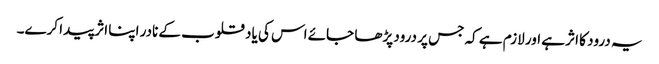
یہ درود کا اثر ہے اور لازم ہے کہ جس پر درود پڑھا جائے اس کی یاد قلوب کے نادر اپنا اثر پیدا کرے۔